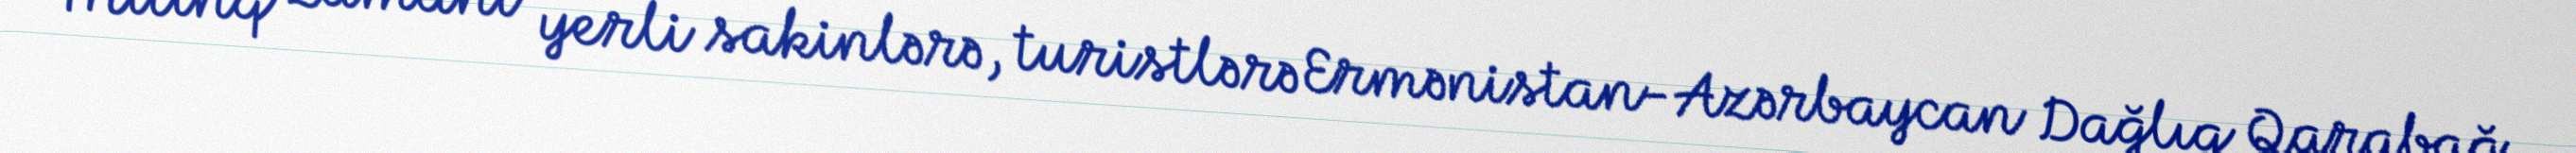
Mitinq zamanı yerli sakinlərə, turistlərə Ermənistan-Azərbaycan Dağlıq Qarabağ